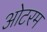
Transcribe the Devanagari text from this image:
ओटरम